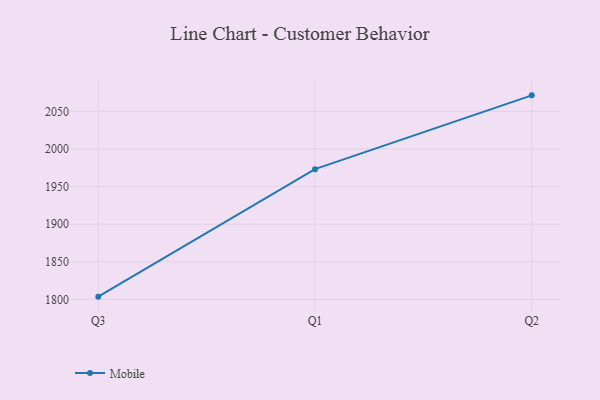
{"axis": {"x": "Quarter", "y": "Tickets Resolved"}, "legend": ["Mobile"], "data": [{"x": "Q3", "y": 1803.7, "type": "Mobile"}, {"x": "Q1", "y": 1973.1, "type": "Mobile"}, {"x": "Q2", "y": 2071.2, "type": "Mobile"}]}